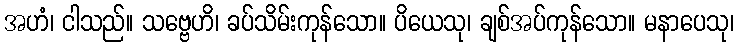
အဟံ၊ ငါသည်။ သဗ္ဗေဟိ၊ ခပ်သိမ်းကုန်သော။ ပိယေသု၊ ချစ်အပ်ကုန်သော။ မနာပေသု၊